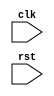
module behavioral_modeling (
  input wire clk,
  input wire rst
);

reg reg_variable;

always @ (posedge clk or negedge rst) begin
  if (~rst) begin
    // Reset block
    reg_variable <= 0;
  end else begin
    // Clock block
    reg_variable <= reg_variable + 1;
  end
end

endmodule